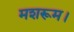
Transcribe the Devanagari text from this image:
मशरूम।